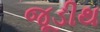
જૂડીથ